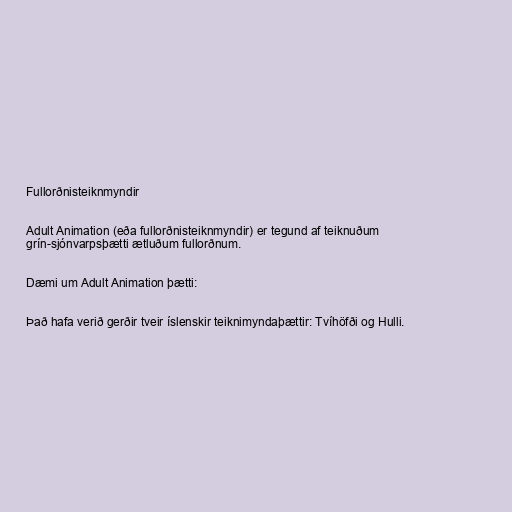
Fullorðnisteiknmyndir

Adult Animation (eða fullorðnisteiknmyndir) er tegund af teiknuðum
grín-sjónvarpsþætti ætluðum fullorðnum.

Dæmi um Adult Animation þætti:

Það hafa verið gerðir tveir íslenskir teiknimyndaþættir: Tvíhöfði og Hulli.